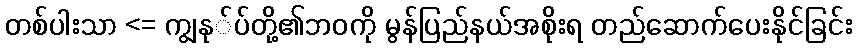
တစ်ပါးသာ <= ကျွနု်ပ်တို့၏ဘဝကို မွန်ပြည်နယ်အစိုးရ တည်ဆောက်ပေးနိုင်ခြင်း